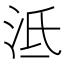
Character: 泜